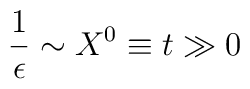
\frac{1}{\epsilon} \sim X^0 \equiv t \gg 0